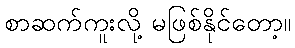
စာဆက်ကူးလို့ မဖြစ်နိုင်တော့။